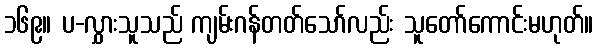
၁၆၉။ ပ-လွှားသူသည် ကျမ်းဂန်တတ်သော်လည်း သူတော်ကောင်းမဟုတ်။